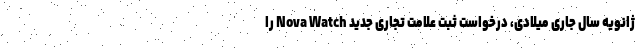
ژانویه سال جاری میلادی، درخواست ثبت علامت تجاری جدید Nova Watch را